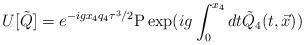
LaTeX: \begin{align*}U[{\tilde Q}] = e^{- i g x_4 q_4 \tau^3/2} {\rm P} \exp ( i g \int_0^{x_4} dt{\tilde Q}_4(t,{\vec x}) )\end{align*}